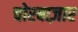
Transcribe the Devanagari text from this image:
चोरबाज़ार